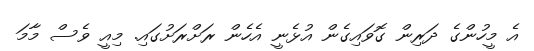
އެ މީހުންގެ ދަރިން ގޮވައިގެން އުޅެނީ އެހެން ރަށްރަށުގައި. މިއީ ވެސް މާމަ